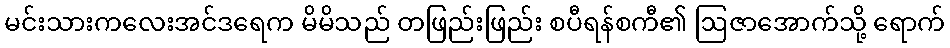
မင်းသားကလေးအင်ဒရေက မိမိသည် တဖြည်းဖြည်း စပီရန်စကီ၏ ဩဇာအောက်သို့ ရောက်